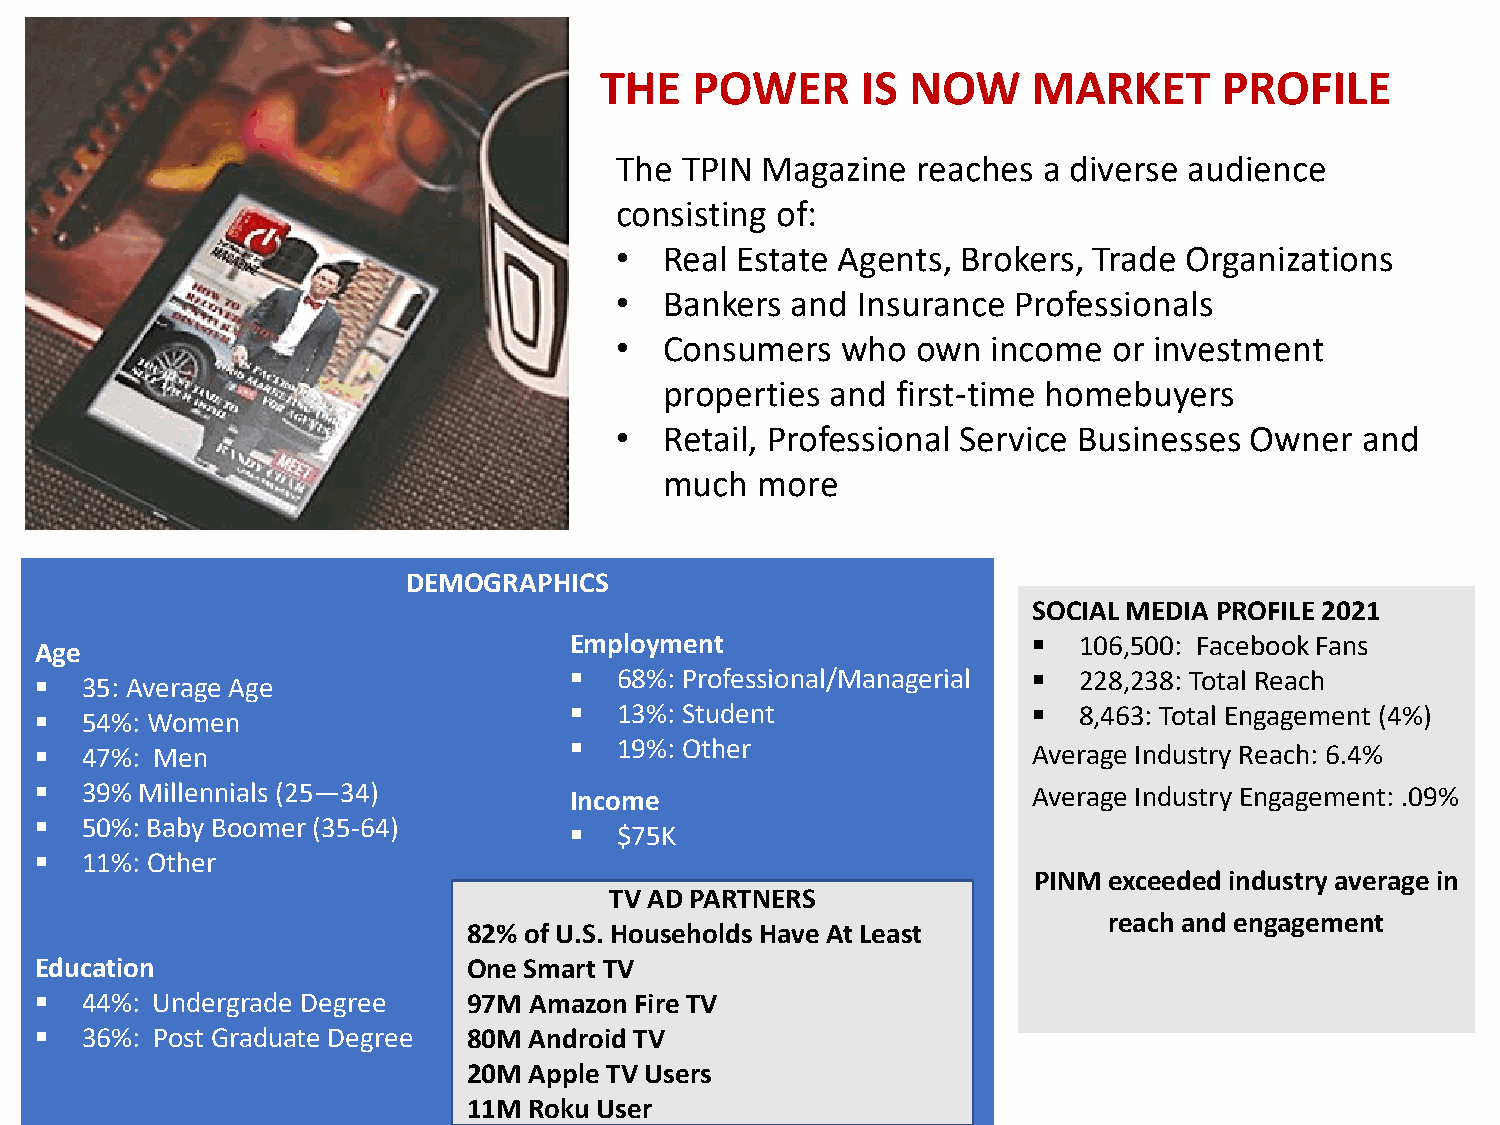
THE   POWER      IS NOW     MARKET       PROFILE
 The TPIN Magazine   reaches a diverse audience
 consisting of:
 •  Real Estate Agents, Brokers, Trade Organizations
 •  Bankers and  Insurance Professionals
 •  Consumers   who  own  income  or investment
 properties and first-time homebuyers
 •  Retail, Professional Service Businesses Owner and
 much  more
 DEMOGRAPHICS
 SOCIAL MEDIA PROFILE 2021
 Employment                      106,500: Facebook Fans
 Age
   35: Average Age                    68%: Professional/Managerial  228,238: Total Reach
   54%: Women                         13%: Student                 8,463: Total Engagement (4%)
   19%: Other
   47%: Men                                                       Average Industry Reach: 6.4%
   39% Millennials (25—34)          Income                        Average Industry Engagement: .09%
   50%: Baby Boomer (35-64)
   $75K
   11%: Other
 PINM exceeded industry average in
 TV AD PARTNERS
 reach and engagement
 82% of U.S. Households Have At Least
 Education                    One Smart TV
   44%: Undergrade Degree    97M Amazon Fire TV
   36%: Post Graduate Degree 80M Android TV
 20M Apple TV Users
 11M Roku User